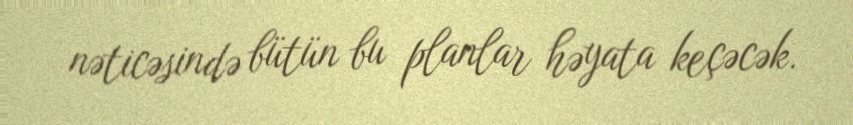
nəticəsində bütün bu planlar həyata keçəcək.